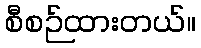
စီစဉ်ထားတယ်။